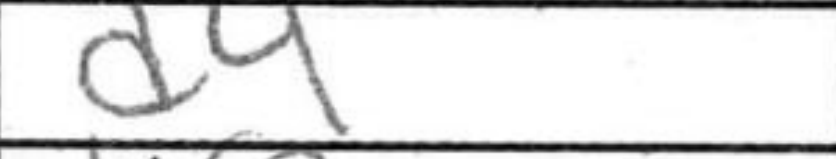
Transcription: d4